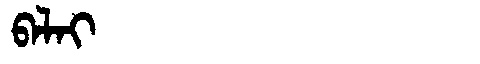
Manchu: ᠪᠠᠯᠠᡳ
Romanization: BALAI